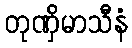
တုဏှိမာသီနံ